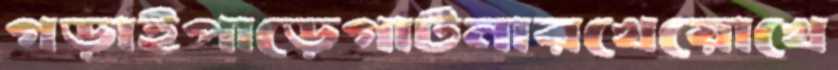
গড়াইপাড়েগার্টনারখেয়োখে